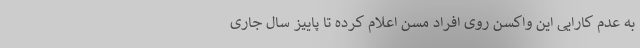
به عدم کارایی این واکسن روی افراد مسن اعلام کرده تا پاییز سال جاری